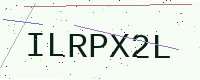
Text: ILRPX2L